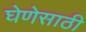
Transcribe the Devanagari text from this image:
घेणेसाठी